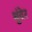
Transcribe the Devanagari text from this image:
धुंदेर